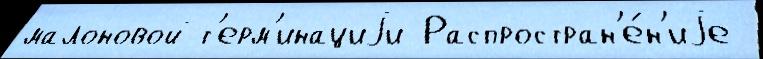
малоновой т'ерм'инациjи Распростран'е́н'иjе